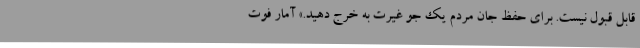
قابل قبول نیست. برای حفظ جان مردم یک جو غیرت به خرج دهید.» آمار فوت